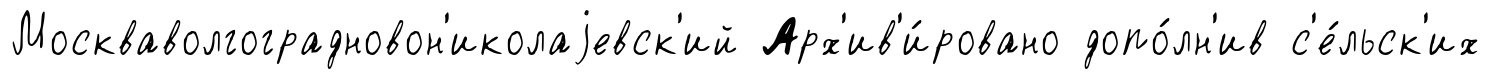
Москваволгоградновон'иколаjевск'ий Арх'ив'и́ровано допо́лн'ив с'е́льск'их